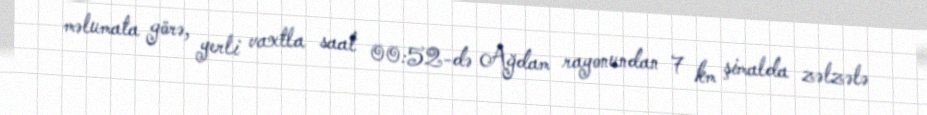
məlumata görə, yerli vaxtla saat 00:52-də Ağdam rayonundan 7 km şimalda zəlzələ